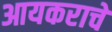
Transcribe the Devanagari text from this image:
आयकराचे